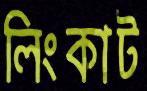
লিংকাট